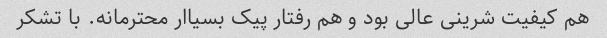
هم کیفیت شرینی عالی بود و هم رفتار پیک بسیاار محترمانه. با تشکر